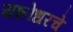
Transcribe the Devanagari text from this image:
यशोधरचे